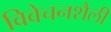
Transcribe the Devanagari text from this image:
विवेचनशैली